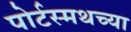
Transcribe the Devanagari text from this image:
पोर्टस्मथच्या